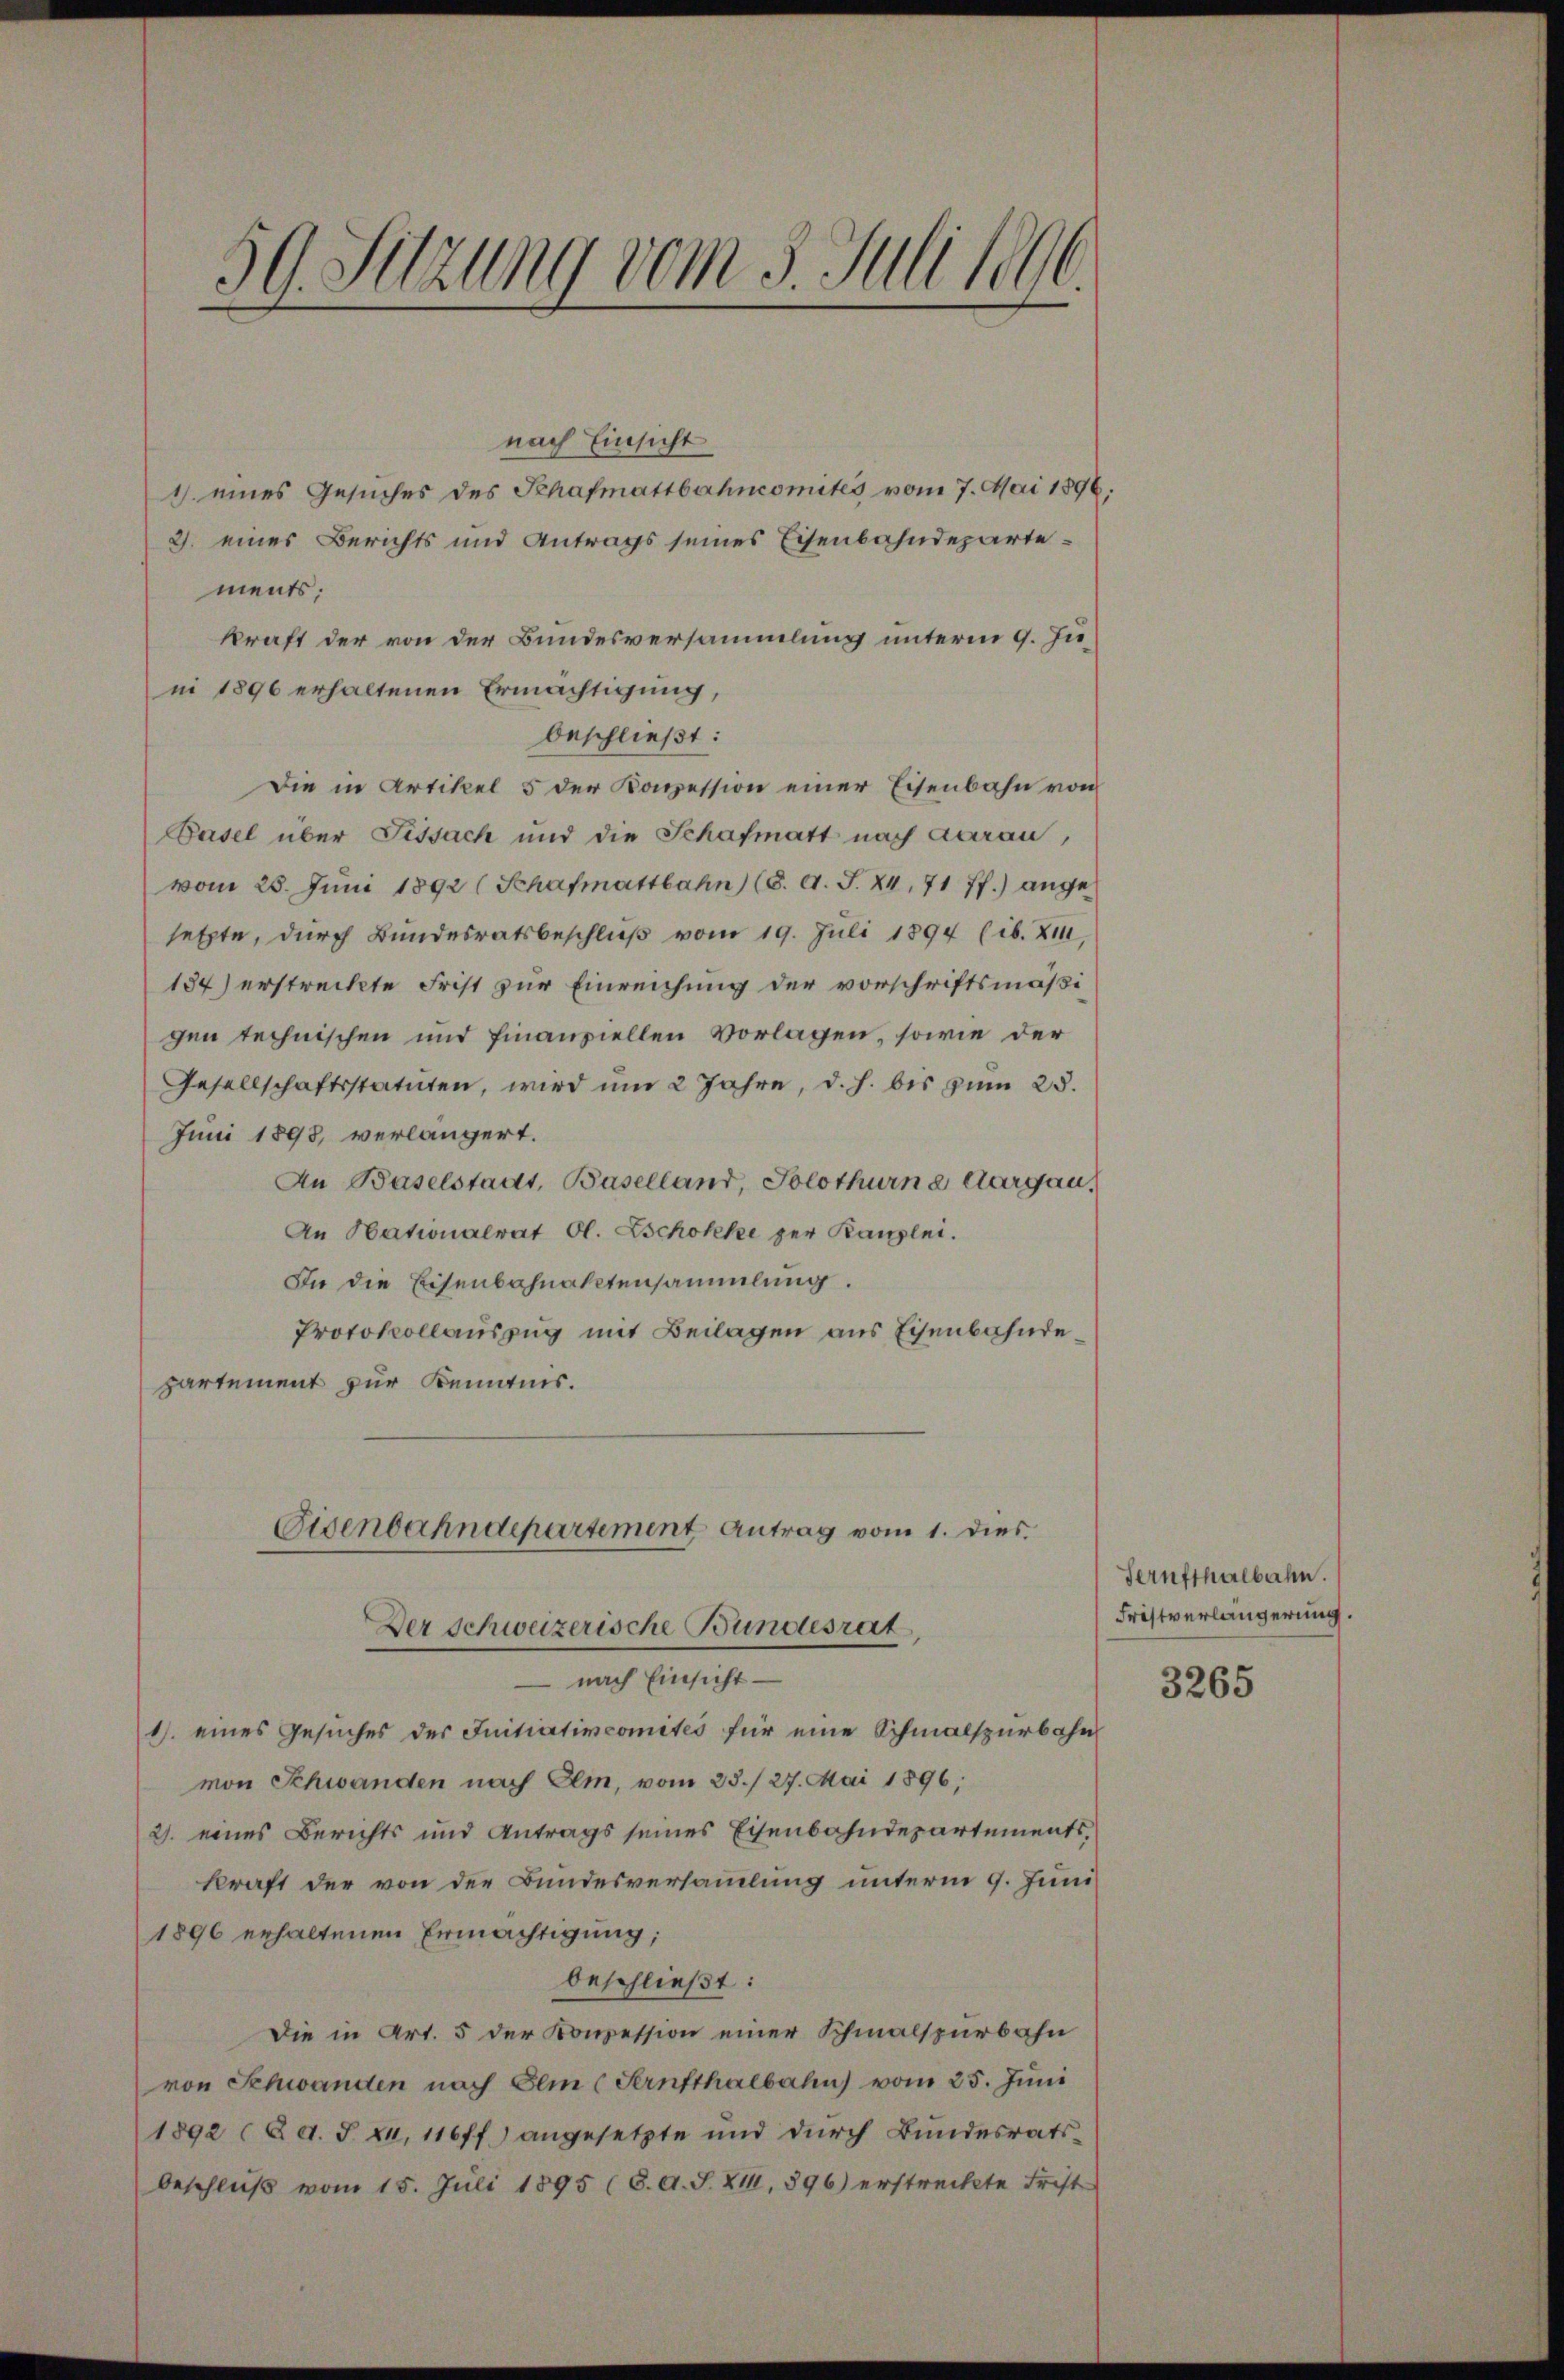
59. Sitzung vom 3. Juli 1896.

nach Einsicht
1) eines Gesuches des Khafmattbahncomites vom 7. Mai 1896.
3. eines Berichts und Antrags seines Eisenbahndepartements;
kraft der von der Bundesversammlung unterm 9. Juni 1896 erhaltenen Ermächtigung,
beschließt:
Die in Artikel 5 der Konzession einer Eisenbahn von
Pasel über Fissach und die Schafmatt nach Aarau,
vom 28. Juni 1892 (Schafmattbahn (S. A. S. XI. 71 ff.) angesetzte, durch Bundesratsbeschließ vom 19. Juli 1894 (ib. 211.
134) erstreckte Frist zur Einreichung der vorschriftsmäßigen technischen und Finanziellen Vorlagen, sowie der
Gesellschaftsstatuten, wird um 2 Jahre, d. h. bis zum 25.
Juni 1893, verlängert.
An Baselstadt, Baselland, Solothurn Aargau,
An Hationalrat Gl. Schokke per Kanzlei.
In die Eisenbahnaktensammlung.
Protokollauszug mit Beilagen aus Eisenbahnde
partement zur Kenntnis.
Cisenbahndepartement Antrag vom 1. dies
Der Schweizerische Bundesrat
— nach Einsicht
1. eines Gesŭches des Initiativcomités für eine Schmalspürbahn
von Schwanden nach Elm, vom 23./27. Mai 1896;
2. eines Berichts und Antrags seines Eisenbahndepartements,
kraft der von der Bundesversammlung unterm 9. Juni
1896 erhaltenen Ermächtigung;
beschließt:
Die in Art. 5 der Konzession einer Schmalspurbahn
von Schwanden nach Elm (Sernsthalbahn vom 25. Juni
1892 (§ d. J. XI, 116 ff.) angesetzte und durch Bundesratsbeschließ vom 15. Juli 1895 (8. A. S. XIII, 396) erstreckte Frist

Ternsthalbahn.
Fristverlängerung

3265